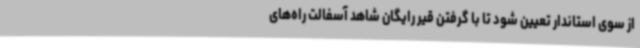
از سوی استاندار تعیین شود تا با گرفتن قیر رایگان شاهد آسفالت راه‌های